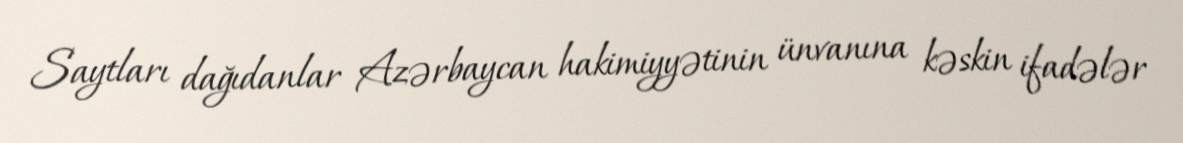
Saytları dağıdanlar Azərbaycan hakimiyyətinin ünvanına kəskin ifadələr